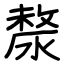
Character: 漦